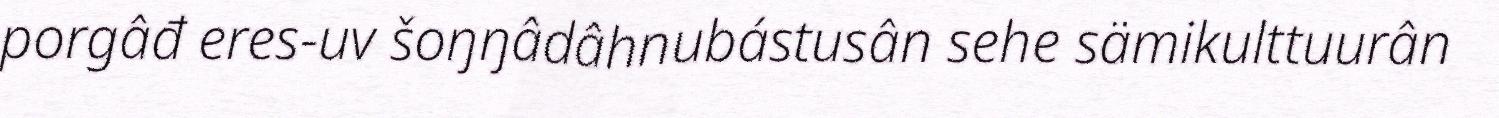
porgâđ eres-uv šoŋŋâdâhnubástusân sehe sämikulttuurân